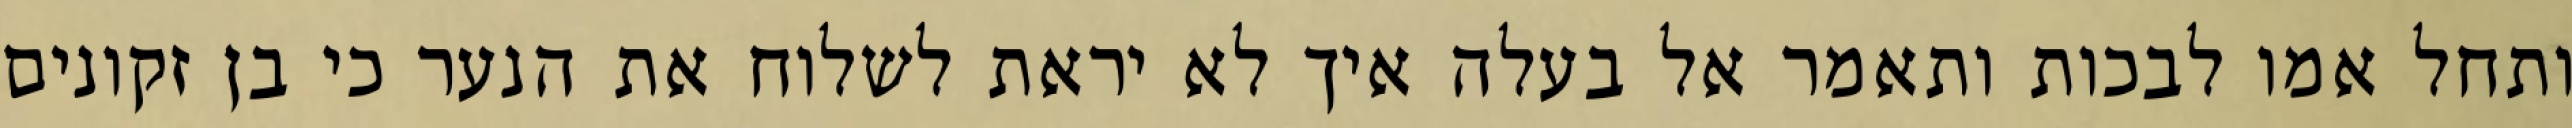
ותחל אמו לבכות ותאמר אל בעלה איך לא יראת לשלוח את הנער כי בן זקונים